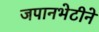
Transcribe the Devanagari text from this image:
जपानभेटीने